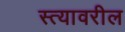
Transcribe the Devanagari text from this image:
स्त्यावरील